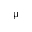
\upmu